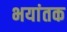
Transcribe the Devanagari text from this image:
भयांतक